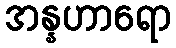
အန္နဟာရော